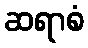
ဆရာစံ